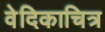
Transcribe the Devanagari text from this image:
वेदिकाचित्र